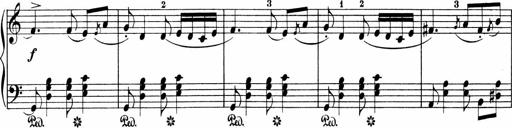
Title: 3 Sonatinas
Composer: Carl Reinecke